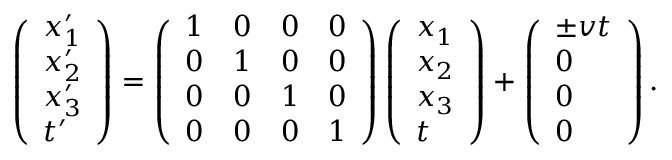
\begin{array} { r } { \left( \begin{array} { l } { x _ { 1 } ^ { \prime } } \\ { x _ { 2 } ^ { \prime } } \\ { x _ { 3 } ^ { \prime } } \\ { t ^ { \prime } } \end{array} \right) = \left( \begin{array} { l l l l } { 1 } & { 0 } & { 0 } & { 0 } \\ { 0 } & { 1 } & { 0 } & { 0 } \\ { 0 } & { 0 } & { 1 } & { 0 } \\ { 0 } & { 0 } & { 0 } & { 1 } \end{array} \right) \left( \begin{array} { l } { x _ { 1 } } \\ { x _ { 2 } } \\ { x _ { 3 } } \\ { t } \end{array} \right) + \left( \begin{array} { l } { \pm v t } \\ { 0 } \\ { 0 } \\ { 0 } \end{array} \right) . } \end{array}